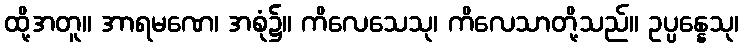
ထို့အတူ။ အာရမဏေ၊ အစုံ၌။ ကိလေသေသု၊ ကိလေသာတို့သည်။ ဥပ္ပန္နေသု၊